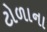
ટોળાના